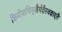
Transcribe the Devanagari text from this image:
किमीशविमुखैर्यज्ञैरवज्ञाद्दतै